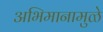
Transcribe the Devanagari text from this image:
अभिमानामुळे